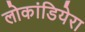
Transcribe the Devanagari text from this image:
लोकांडियेरा